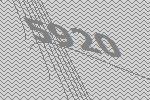
5920